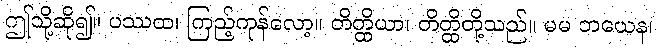
ဤသို့ဆို၍။ ပဿထ၊ ကြည့်ကုန်လော့။ တိတ္ထိယာ၊ တိတ္ထိတို့သည်။ မမ ဘယေန၊